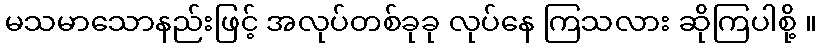
မသမာသောနည်းဖြင့် အလုပ်တစ်ခုခု လုပ်နေ ကြသလား ဆိုကြပါစို့ ။